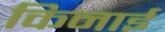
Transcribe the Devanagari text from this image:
किनाई